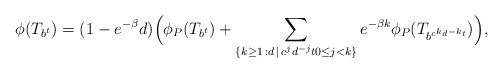
\begin{align*}\phi(T_{b^t})=(1-e^{-\beta}d)\Big(\phi_P(T_{b^t})+\sum_{\{k\geq 1\,:d\,\mid\, c^jd^{-j}t0\leq j<k\}}e^{-\beta k}\phi_P(T_{b^{c^kd^{-k}t}})\Big),\end{align*}